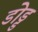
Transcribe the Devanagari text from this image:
डोड्ड